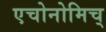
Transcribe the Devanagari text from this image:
एचोनोमिच्